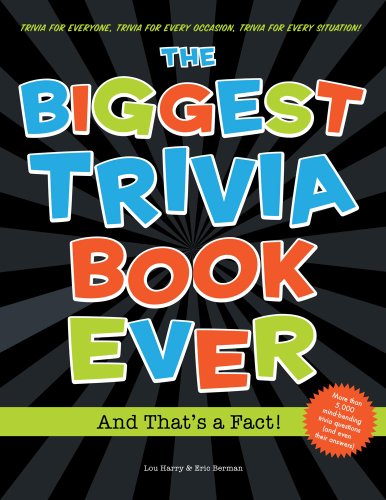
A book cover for Biggest Trivia Book Ever: And That's a Fact!; Eric Berman; Humor & Entertainment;